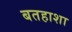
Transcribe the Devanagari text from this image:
बतहाशा